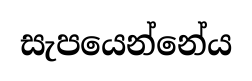
සැපයෙන්නේය